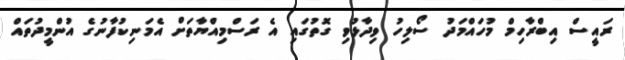
ރައީސް އިބްރާހިމް މުހައްމަދު ސޯލިހު ވިދާޅުވި ގޮތުގައި އެ ރަސްމިއްޔާތަށް އެމަނިކުފާނުގެ އުންމީދުތައް